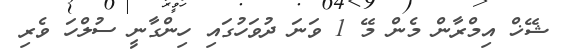
ޝޭޚް އިމްރާން މެން މޭ 1 ވަނަ ދުވަހުގައި ހިންގާނީ ސުލްހަ ވެރި